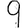
Digit: 9